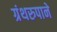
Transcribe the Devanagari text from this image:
ग्रंथरुपाने